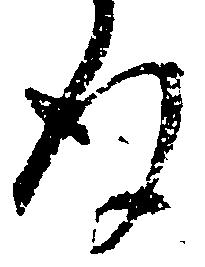
後